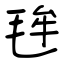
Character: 毪